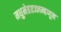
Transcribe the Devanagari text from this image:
मधुमेहतज्ज्ञम्हणून